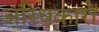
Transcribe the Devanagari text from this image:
अ्रिधकारों